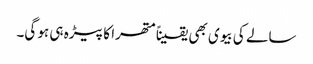
سالے کی بیوی بھی یقیناً متھرا کا پیڑہ ہی ہو گی۔